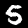
Label: 5